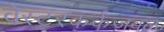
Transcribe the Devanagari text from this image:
वेस्टरकर्कजवळ